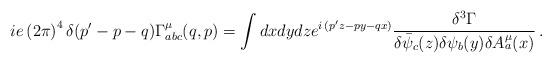
LaTeX: \begin{align*}i e \left( 2 \pi \right)^4 \delta(p^\prime - p - q )\Gamma^\mu_{abc}(q,p) =\int dx dy dz e^{i \, (p^\prime z - p y - q x)} {\delta^3 \Gamma\over \delta \bar{\psi}_c (z) \delta\psi_b(y) \delta A^\mu_a(x)} \, .\end{align*}